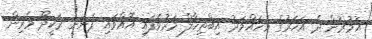
އުމުރުން ދެ އަހަރުުގެ މުހައްމަދު އިބްތިހާލް މަރުވެފައި އޮއްވައި ފެނުނީ ރަކީދޫ މެރިން